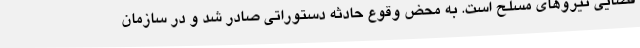
قضایی نیروهای مسلح است. به محض وقوع حادثه دستوراتی صادر شد و در سازمان